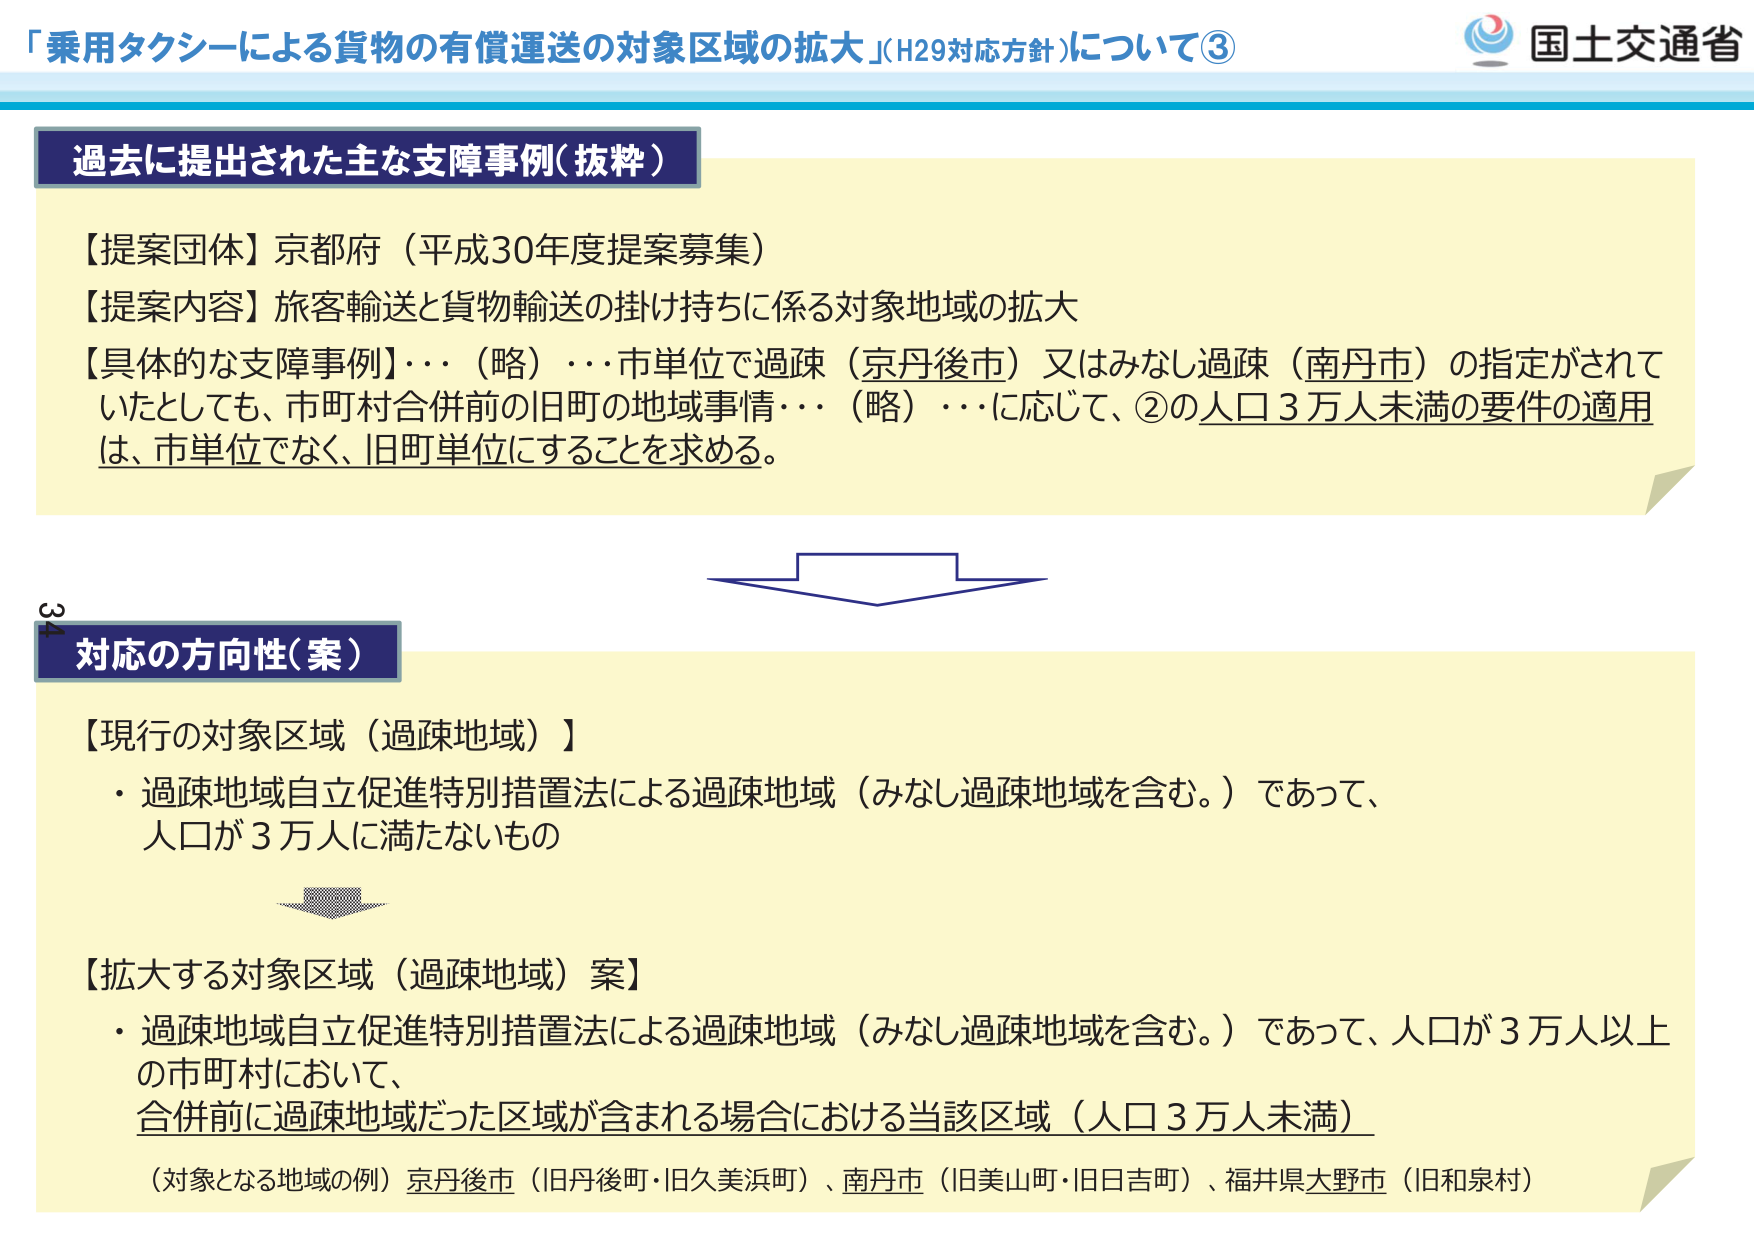
「乗用タクシーによる貨物の有償運送の対象区域の拡大」（H29対応方針）について③

国土交通省

過去に提出された主な支障事例（抜粋）

【提案団体】京都府（平成30年度提案募集）
【提案内容】旅客輸送と貨物輸送の掛け持ちに係る対象地域の拡大
【具体的な支障事例】・・・（略）・・・市単位で過疎（京丹後市）又はみなし過疎（南丹市）の指定がされていたとしても、市町村合併前の旧町の地域事情・・・（略）・・・に応じて、②の人口3万人未満の要件の適用は、市単位でなく、旧町単位にすることを求める。

34
対応の方向性（案）

【現行の対象区域（過疎地域）】
・過疎地域自立促進特別措置法による過疎地域（みなし過疎地域を含む。）であって、人口が3万人に満たないもの

【拡大する対象区域（過疎地域）案】
・過疎地域自立促進特別措置法による過疎地域（みなし過疎地域を含む。）であって、人口が3万人以上の市町村において、
合併前に過疎地域だった区域が含まれる場合における当該区域（人口3万人未満）
（対象となる地域の例）京丹後市（旧丹後町・旧久美浜町）、南丹市（旧美山町・旧日吉町）、福井県大野市（旧和泉村）